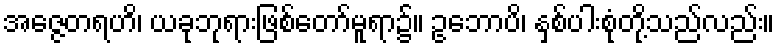
အဇ္ဇေတရဟိ၊ ယခုဘုရားဖြစ်တော်မူရာ၌။ ဥဘောပိ၊ နှစ်ပါးစုံတို့သည်လည်း။